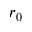
r _ { 0 }